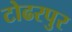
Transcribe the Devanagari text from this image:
टोढरपुर